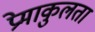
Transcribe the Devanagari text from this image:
प्रेमाकुलता